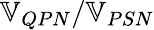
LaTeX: \mathbb{V}_{QPN}/\mathbb{V}_{PSN}